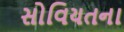
સોવિયતના